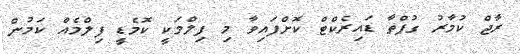
ރާޖް ކުމާރު ގުޕްތާ ޑައިރެކްޓް ކޮށްފައިވާ މި ފިލްމަކީ ކޮމެޑީ ފިލްމެއް ކަމުން